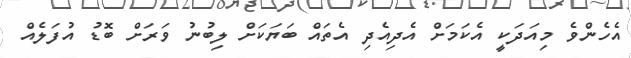
އެހެންވެ މިއަދަކީ އެކަމަށް އެދިއެދި އެތައް ބަޔަކަށް ލިބުނު ވަރަށް ބޮޑު އުފަލެއް